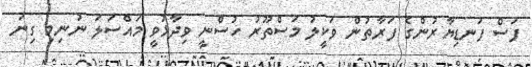
ފަސް ފަނޑިޔާރުންގެ ފަރާތުން ވަކީލު މަސްތޫރު ހުސްނީ ވިދާޅުވީ މައްސަލަ ނުނިމި ގިނަ